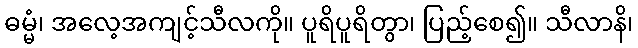
ဓမ္မံ၊ အလေ့အကျင့်သီလကို။ ပူရိပူရိတွာ၊ ပြည့်စေ၍။ သီလာနိ၊